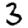
Digit: 3